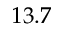
1 3 . 7